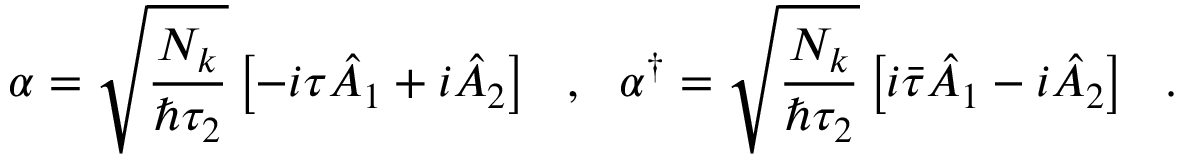
\alpha = \sqrt { \frac { N _ { k } } { \hbar \tau _ { 2 } } } \left[ - i \tau \hat { A } _ { 1 } + i \hat { A } _ { 2 } \right] \ \ , \ \ \alpha ^ { \dagger } = \sqrt { \frac { N _ { k } } { \hbar \tau _ { 2 } } } \left[ i \bar { \tau } \hat { A } _ { 1 } - i \hat { A } _ { 2 } \right] \ \ .